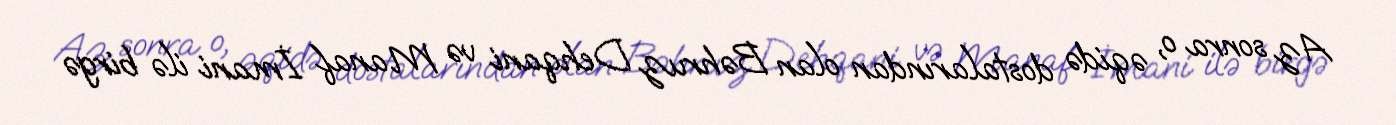
Az sonra o, əqidə dostalarından olan Bəhruz Dehqani və Manaf İmani ilə birgə